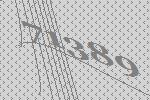
71389